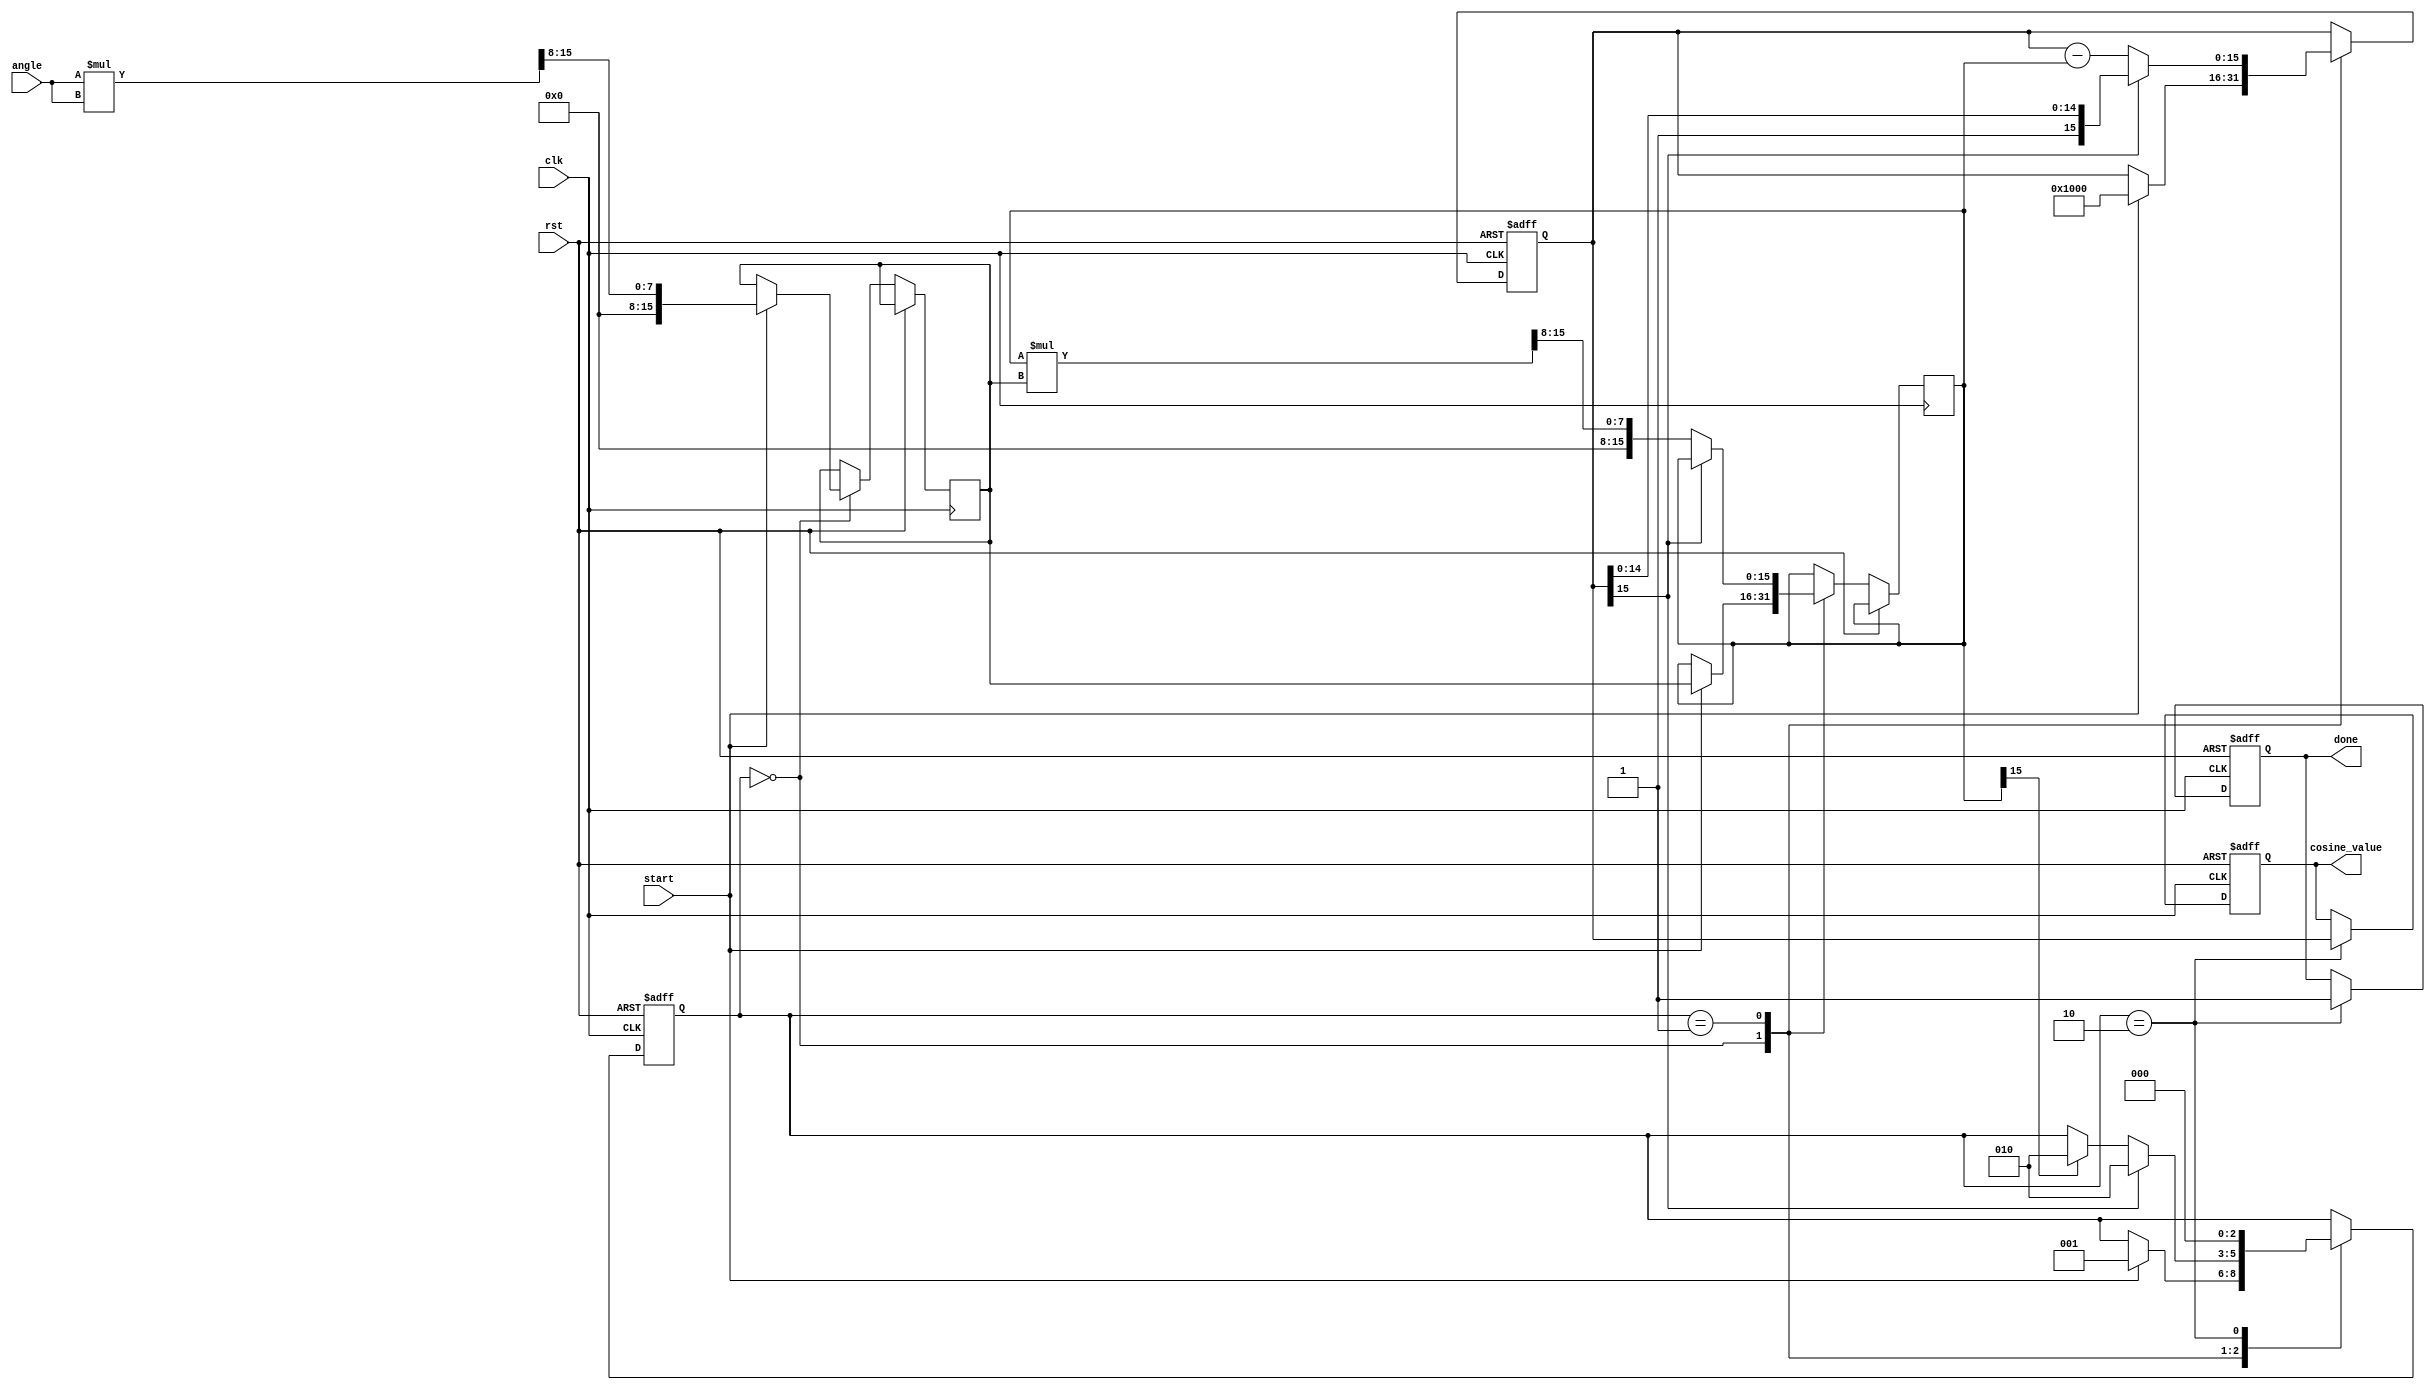
module CosineCalculator (
    input wire clk,
    input wire rst,
    input wire start,
    input wire [15:0] angle, // Fixed-point representation of angle in radians
    output reg [15:0] cosine_value, // Fixed-point representation of cosine result
    output reg done // Signal indicating calculation is complete
);

    // Constants for Taylor series coefficients (up to 4th degree)
    localparam COEF_0 = 16'h1000;  // 1.0 in fixed-point
    localparam COEF_2 = 16'hFC90;  // -0.5 in fixed-point
    localparam COEF_4 = 16'hFF2A;  // +1/24 in fixed-point (approx)
    
    reg [2:0] state;
    reg [15:0] angle_squared; // angle^2
    reg [15:0] term;          // Current term in the series
    reg [15:0] sum;           // Accumulated sum

    // State machine states
    localparam IDLE = 3'b000;
    localparam COMPUTE = 3'b001;
    localparam DONE = 3'b010;

    // State machine
    always @(posedge clk or posedge rst) begin
        if (rst) begin
            state <= IDLE;
            cosine_value <= 0;
            done <= 0;
            sum <= 0;
        end else begin
            case (state)
                IDLE: begin
                    if (start) begin
                        // Initialize computation
                        state <= COMPUTE;
                        sum <= COEF_0; // Start with the first term (1)
                        angle_squared <= (angle * angle) >> 8; // angle^2
                        term <= angle_squared; // First term is angle^2
                    end
                end

                COMPUTE: begin
                    // Compute the next term in the series
                    if (sum[15]) begin
                        // If the sum is negative, we can stop here
                        state <= DONE;
                    end else begin
                        // Continue accumulating terms
                        sum <= sum - term; // Subtracting the second term (angle^2 / 2!)
                        term <= (term * angle_squared) >> 8; // Update term to (angle^2)^n / n!
                        // For this example, we will limit to just a few iterations
                        if (term[15] != 0) begin
                            state <= DONE; // Stop if term becomes negligible
                        end
                    end
                end

                DONE: begin
                    cosine_value <= sum; // Output the final cosine value
                    done <= 1; // Indicate that calculation is done
                    state <= IDLE; // Reset state to IDLE
                end
            endcase
        end
    end
endmodule